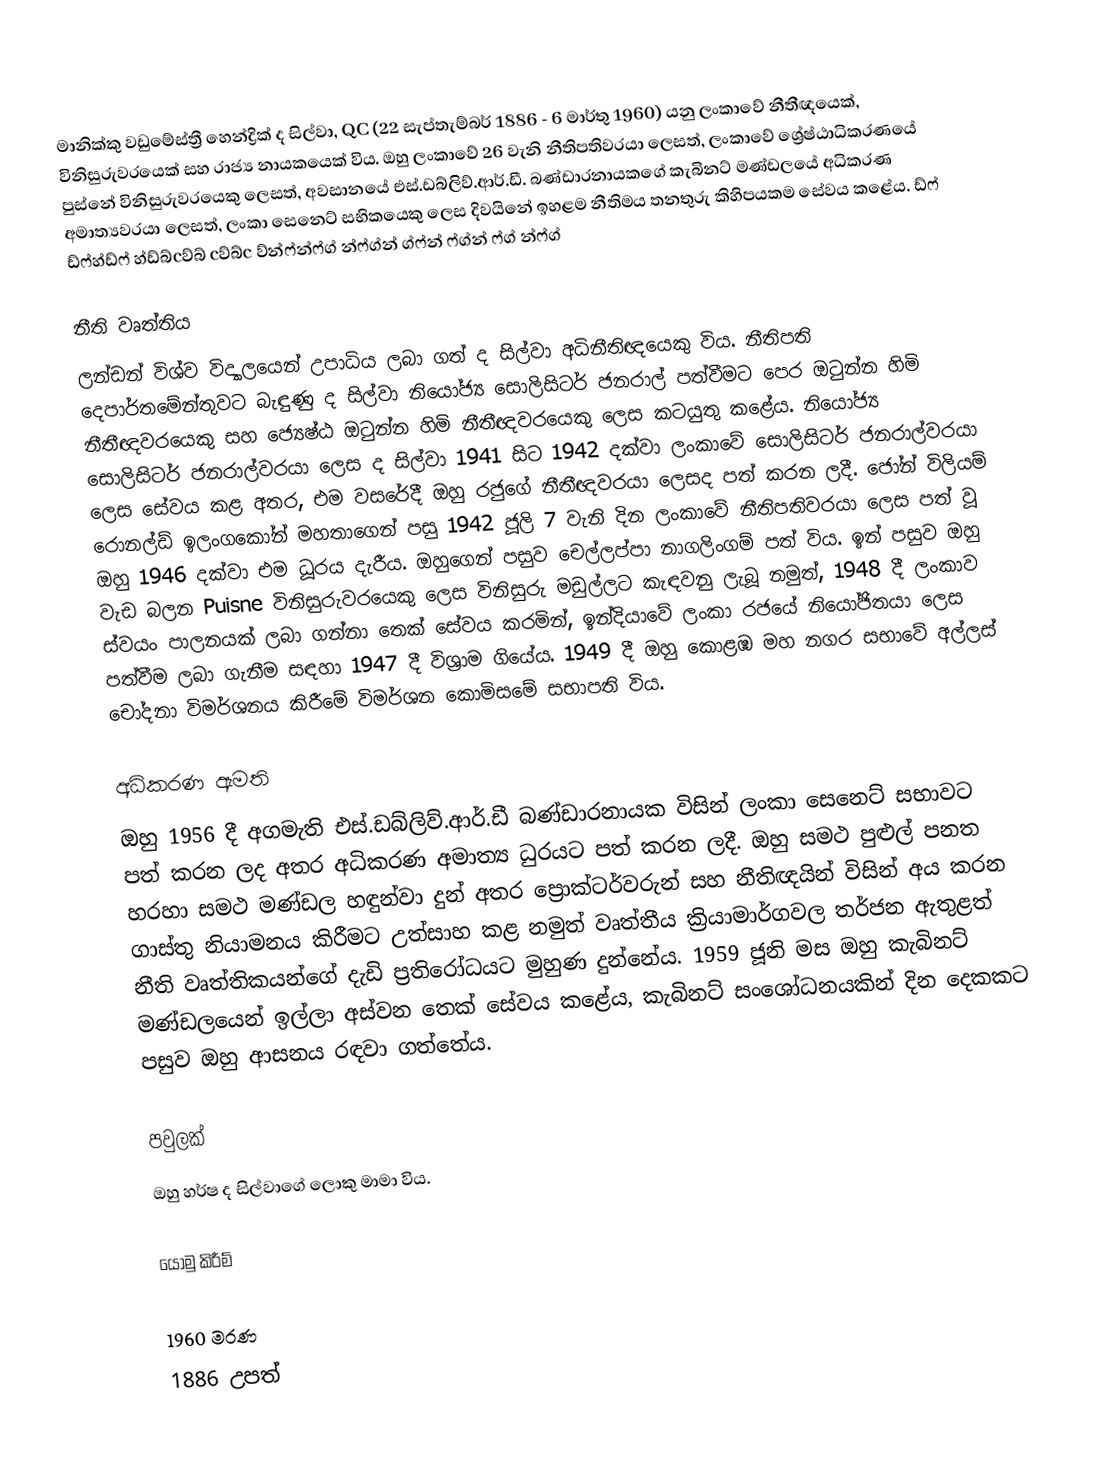
මානික්කු වඩුමේස්ත්‍රී හෙන්ද්‍රික් ද සිල්වා, QC (22 සැප්තැම්බර් 1886 - 6 මාර්තු 1960) යනු ලංකාවේ නීතීඥයෙක්, විනිසුරුවරයෙක් සහ රාජ්‍ය නායකයෙක් විය. ඔහු ලංකාවේ 26 වැනි නීතිපතිවරයා ලෙසත්, ලංකාවේ ශ්‍රේෂ්ඨාධිකරණයේ පුස්නේ විනිසුරුවරයෙකු ලෙසත්, අවසානයේ එස්.ඩබ්ලිව්.ආර්.ඩී. බණ්ඩාරනායකගේ කැබිනට් මණ්ඩලයේ අධිකරණ අමාත්‍යවරයා ලෙසත්, ලංකා සෙනෙට් සභිකයෙකු ලෙස දිවයිනේ ඉහළම නීතිමය තනතුරු කිහිපයකම සේවය කළේය. ඩ්ෆ් ඩ්ෆ්හ්ඩ්ෆ් හ්ඩ්බ්cව්බ් cව්බ්c ව්න්ෆ්න්ෆ්ග් න්ෆ්ග්න් ග්ෆ්න් ෆ්ග්න් ෆ්ග් න්ෆ්ග්

නීති වෘත්තිය
ලන්ඩන් විශ්ව විද්‍යාලයෙන් උපාධිය ලබා ගත් ද සිල්වා අධිනීතිඥයෙකු විය. නීතිපති දෙපාර්තමේන්තුවට බැඳුණු ද සිල්වා නියෝජ්‍ය සොලිසිටර් ජනරාල් පත්වීමට පෙර ඔටුන්න හිමි නීතීඥවරයෙකු සහ ජ්‍යෙෂ්ඨ ඔටුන්න හිමි නීතීඥවරයෙකු ලෙස කටයුතු කළේය. නියෝජ්‍ය සොලිසිටර් ජනරාල්වරයා ලෙස ද සිල්වා 1941 සිට 1942 දක්වා ලංකාවේ සොලිසිටර් ජනරාල්වරයා ලෙස සේවය කළ අතර, එම වසරේදී ඔහු රජුගේ නීතීඥවරයා ලෙසද පත් කරන ලදී. ජෝන් විලියම් රොනල්ඩ් ඉලංගකෝන් මහතාගෙන් පසු 1942 ජූලි 7 වැනි දින ලංකාවේ නීතිපතිවරයා ලෙස පත් වූ ඔහු 1946 දක්වා එම ධූරය දැරීය. ඔහුගෙන් පසුව චෙල්ලප්පා නාගලිංගම් පත් විය. ඉන් පසුව ඔහු වැඩ බලන Puisne විනිසුරුවරයෙකු ලෙස විනිසුරු මඩුල්ලට කැඳවනු ලැබූ නමුත්, 1948 දී ලංකාව ස්වයං පාලනයක් ලබා ගන්නා තෙක් සේවය කරමින්, ඉන්දියාවේ ලංකා රජයේ නියෝජිතයා ලෙස පත්වීම ලබා ගැනීම සඳහා 1947 දී විශ්‍රාම ගියේය. 1949 දී ඔහු කොළඹ මහ නගර සභාවේ අල්ලස් චෝදනා විමර්ශනය කිරීමේ විමර්ශන කොමිසමේ සභාපති විය.

අධිකරණ ඇමති
ඔහු 1956 දී අගමැති එස්.ඩබ්ලිව්.ආර්.ඩී බණ්ඩාරනායක විසින් ලංකා සෙනෙට් සභාවට පත් කරන ලද අතර අධිකරණ අමාත්‍ය ධුරයට පත් කරන ලදී. ඔහු සමථ පුළුල් පනත හරහා සමථ මණ්ඩල හඳුන්වා දුන් අතර ප්‍රොක්ටර්වරුන් සහ නීතිඥයින් විසින් අය කරන ගාස්තු නියාමනය කිරීමට උත්සාහ කළ නමුත් වෘත්තීය ක්‍රියාමාර්ගවල තර්ජන ඇතුළත් නීති වෘත්තිකයන්ගේ දැඩි ප්‍රතිරෝධයට මුහුණ දුන්නේය. 1959 ජූනි මස ඔහු කැබිනට් මණ්ඩලයෙන් ඉල්ලා අස්වන තෙක් සේවය කළේය, කැබිනට් සංශෝධනයකින් දින දෙකකට පසුව ඔහු ආසනය රඳවා ගත්තේය.

පවුලක්
ඔහු හර්ෂ ද සිල්වාගේ ලොකු මාමා විය.

යොමු කිරීම්

1960 මරණ
1886 උපත්